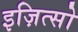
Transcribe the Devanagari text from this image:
इज़ित्सो